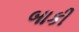
બાકી